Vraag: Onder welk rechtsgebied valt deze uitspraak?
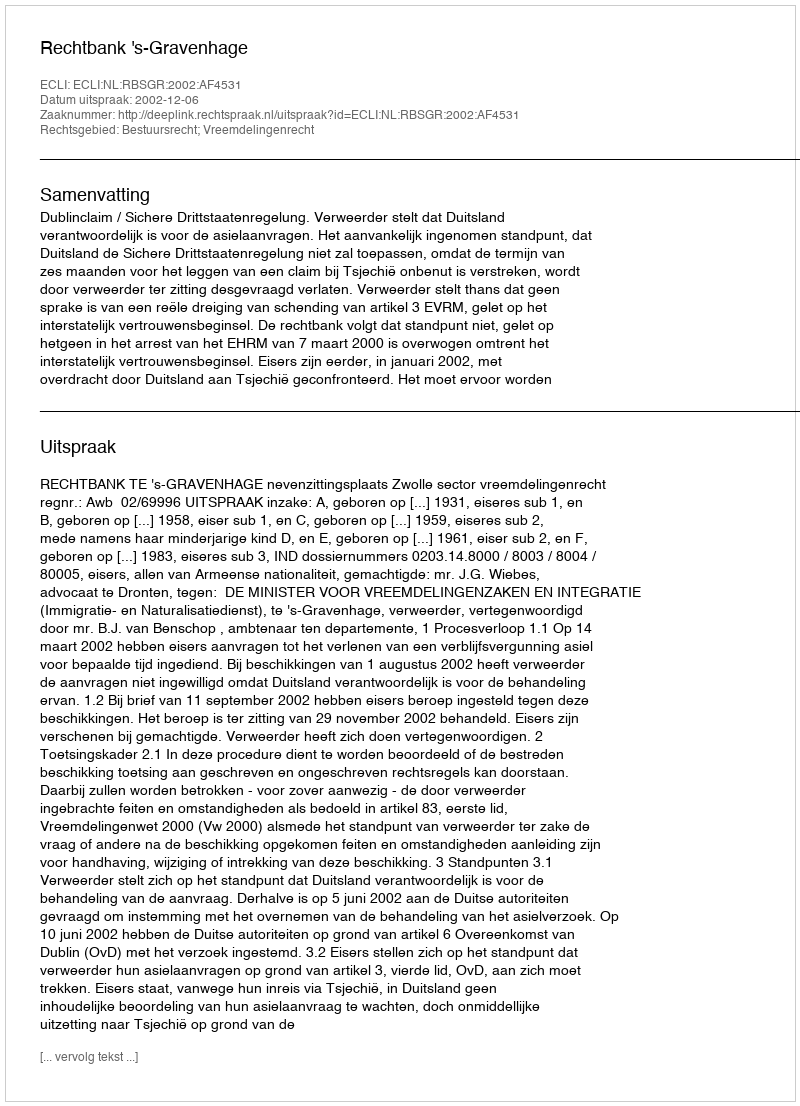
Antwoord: Bestuursrecht; Vreemdelingenrecht